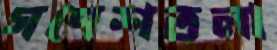
গণেশতলা